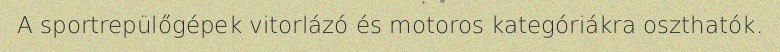
A sportrepülőgépek vitorlázó és motoros kategóriákra oszthatók.